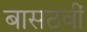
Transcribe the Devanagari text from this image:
बासठवीं